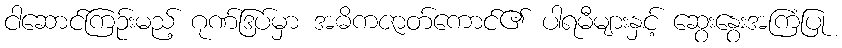
ငါဆောင်ကြဉ်းမည့် ဂုဏ်ဒြပ်မှာ အဓိကဇာတ်ကောင်၏ ပါရမီများနှင့် ဆွေးနွေးအကြံပြု